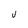
Character: J